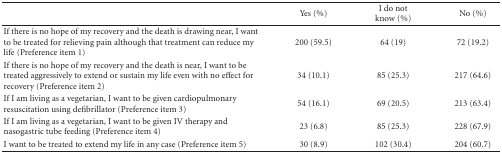
<table><thead><tr><td></td><td><b>Yes (%)</b></td><td><b>I do not know (%)</b></td><td><b>No (%)</b></td></tr></thead><tbody><tr><td>If there is no hope of my recovery and the death is drawing near, I want to be treated for relieving pain although that treatment can reduce my life (Preference item 1)</td><td>200 (59.5)</td><td>64 (19)</td><td>72 (19.2)</td></tr><tr><td>If there is no hope of my recovery and the death is near, I want to be treated aggressively to extend or sustain my life even with no effect for recovery (Preference item 2)</td><td>34 (10.1)</td><td>85 (25.3)</td><td>217 (64.6)</td></tr><tr><td>If I am living as a vegetarian, I want to be given cardiopulmonary resuscitation using defibrillator (Preference item 3)</td><td>54 (16.1)</td><td>69 (20.5)</td><td>213 (63.4)</td></tr><tr><td>If I am living as a vegetarian, I want to be given IV therapy and nasogastric tube feeding (Preference item 4)</td><td>23 (6.8)</td><td>85 (25.3)</td><td>228 (67.9)</td></tr><tr><td>I want to be treated to extend my life in any case (Preference item 5)</td><td>30 (8.9)</td><td>102 (30.4)</td><td>204 (60.7)</td></tr></tbody></table>